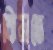
ঝিমতে